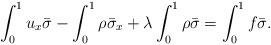
LaTeX: \begin{align*}\int_{0}^{1}u_x\bar{\sigma}-\int_{0}^{1}\rho\bar{\sigma}_x+\lambda\int_{0}^{1}\rho\bar{\sigma}=\int_{0}^{1}f\bar{\sigma}.\end{align*}